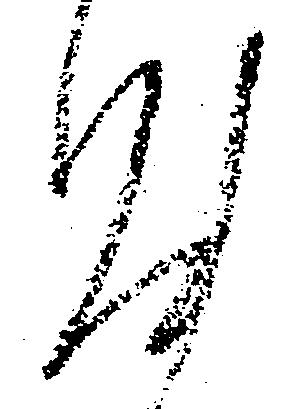
汰